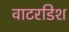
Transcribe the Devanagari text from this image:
वाटरडिश